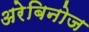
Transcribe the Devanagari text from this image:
अरेबिनोज